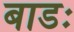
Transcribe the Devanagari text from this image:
बाडः